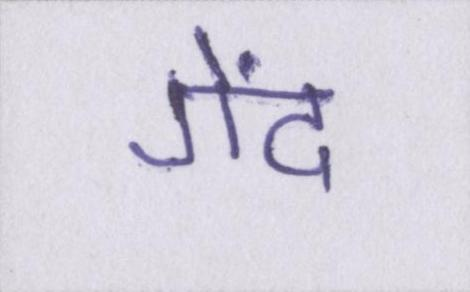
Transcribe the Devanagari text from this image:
गेंद